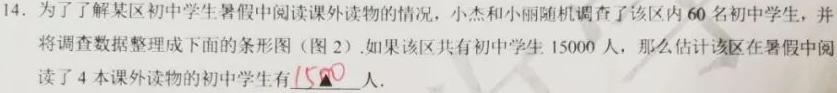
14. 为了解某区初中学生暑假中阅读课外读物的情况，小杰和小丽随机调查了该区内60名初中学生，并将调查数据整理成下面的条形图（图2）.如果该区共有初中学生15000人，那么估计该区在暑假中阅读了4本课外读物的初中学生有1500人.